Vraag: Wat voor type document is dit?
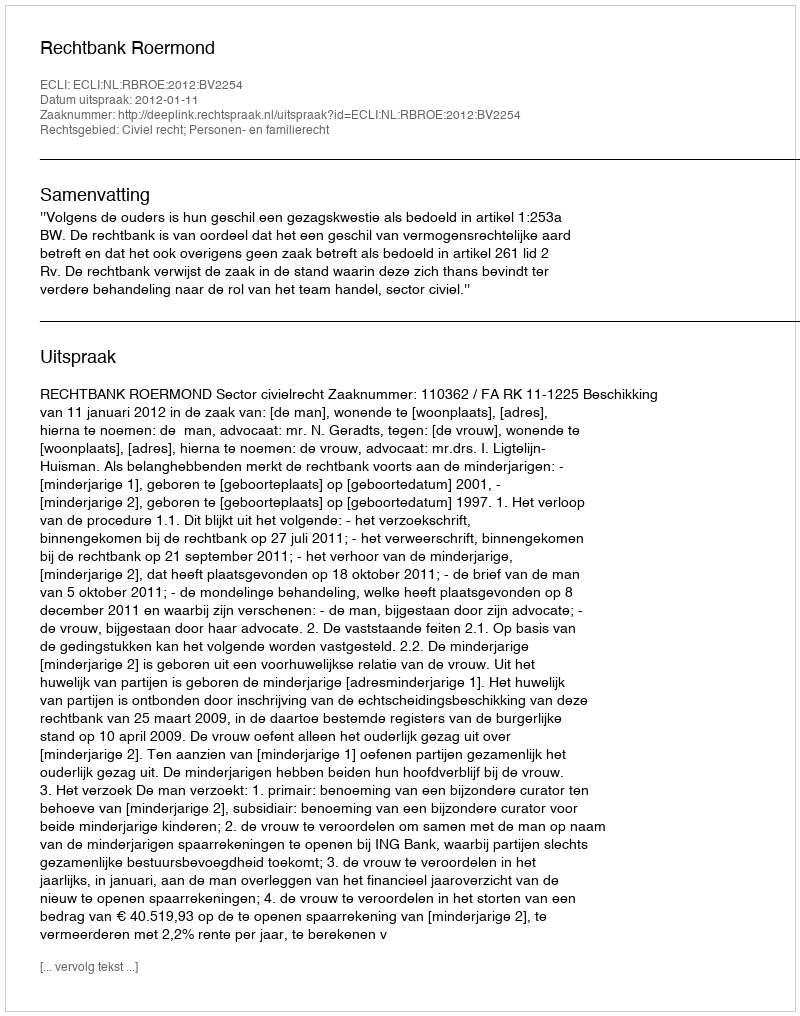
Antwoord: Uitspraak